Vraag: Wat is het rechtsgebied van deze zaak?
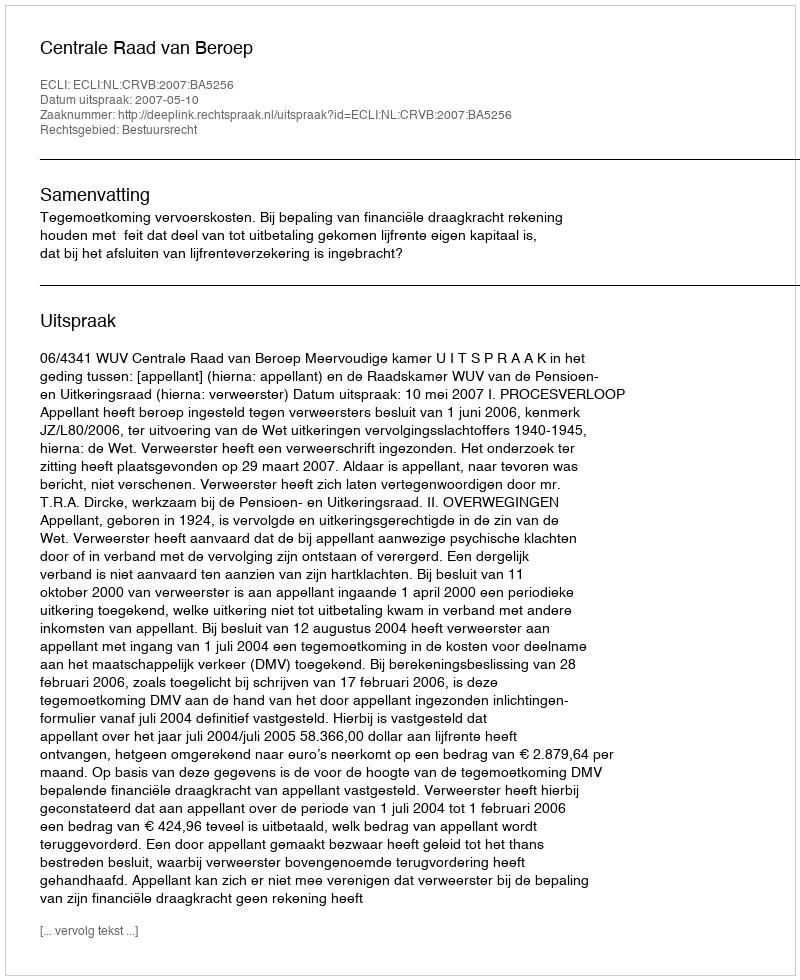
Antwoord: Bestuursrecht